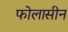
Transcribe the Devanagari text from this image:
फोलासीन